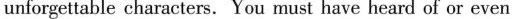
unforgettable characters. You must have heard of or even